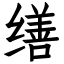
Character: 缮